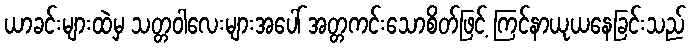
ယာခင်းများထဲမှ သတ္တဝါလေးများအပေါ် အတ္တကင်းသောစိတ်ဖြင့် ကြင်နာယုယနေခြင်းသည်